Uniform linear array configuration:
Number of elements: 12
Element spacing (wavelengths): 1
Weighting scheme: blackman
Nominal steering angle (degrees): -15
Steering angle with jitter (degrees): -15.953
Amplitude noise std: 0.05
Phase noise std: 0.05

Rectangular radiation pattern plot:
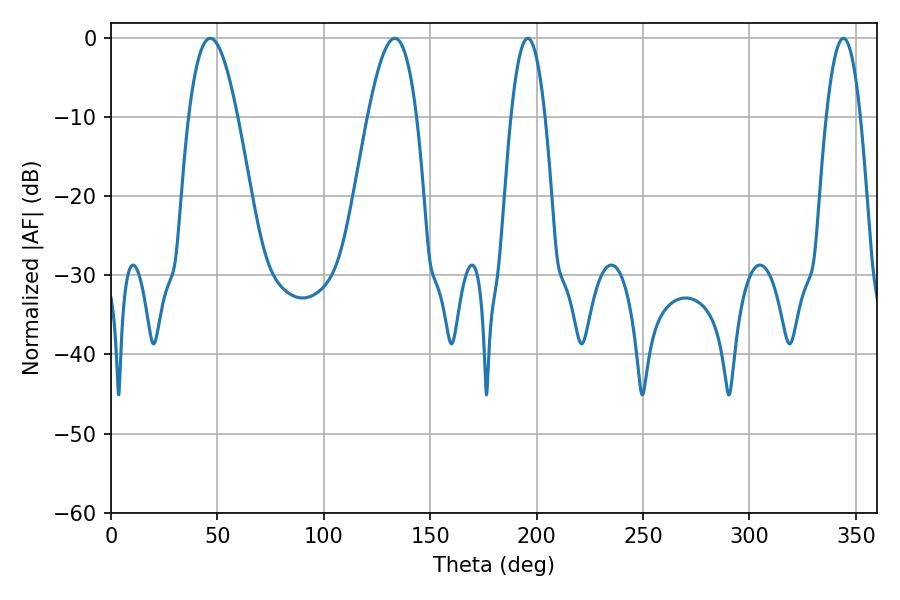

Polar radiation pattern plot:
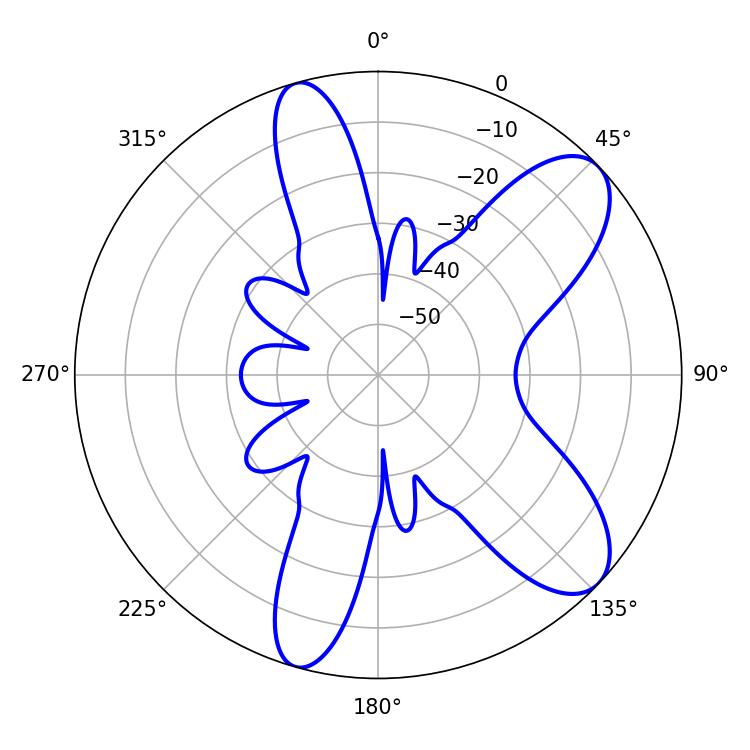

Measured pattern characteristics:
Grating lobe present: TRUE
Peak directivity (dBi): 8.916
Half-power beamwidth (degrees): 8.82
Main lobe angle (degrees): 195.84